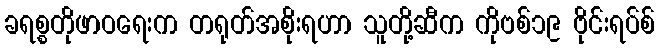
ခရစ္စတိုဖာဝရေးက တရုတ်အစိုးရဟာ သူတို့ဆီက ကိုဗစ်၁၉ ဗိုင်းရပ်စ်